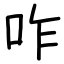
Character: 咋